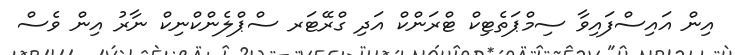
އިން އައިސްފައިވާ ސިމްޕަތެޓިކް ޓްރަންކް އަދި ގްރޭޓަރ ސްޕްލެންކްނިކް ނާރު އިން ވެސް